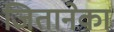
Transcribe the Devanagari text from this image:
जितानेका